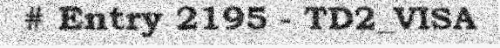
# Entry 2195 - TD2_VISA